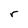
Character: r